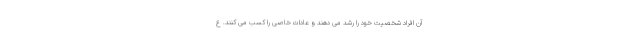
آن افرادْ شخصیت خود را رشد می دهند و عادات خاصی را کسب می کنند. ع